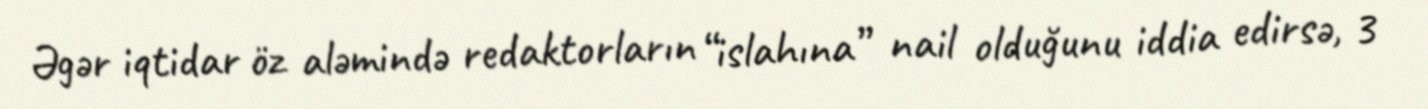
Əgər iqtidar öz aləmində redaktorların “islahına” nail olduğunu iddia edirsə, 3